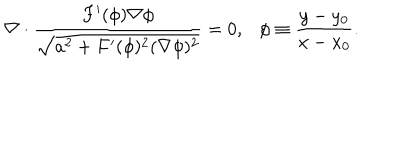
\nabla \cdot \frac { F ^ { \prime } ( \phi ) \nabla \phi } { \sqrt { a ^ { 2 } + F ^ { \prime } ( \phi ) ^ { 2 } ( \nabla \phi ) ^ { 2 } } } = 0 , \phi \equiv \frac { y - y _ { 0 } } { x - x _ { 0 } } .